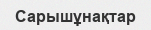
Сарышұнақтар